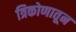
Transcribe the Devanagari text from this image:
त्रिकोणातून